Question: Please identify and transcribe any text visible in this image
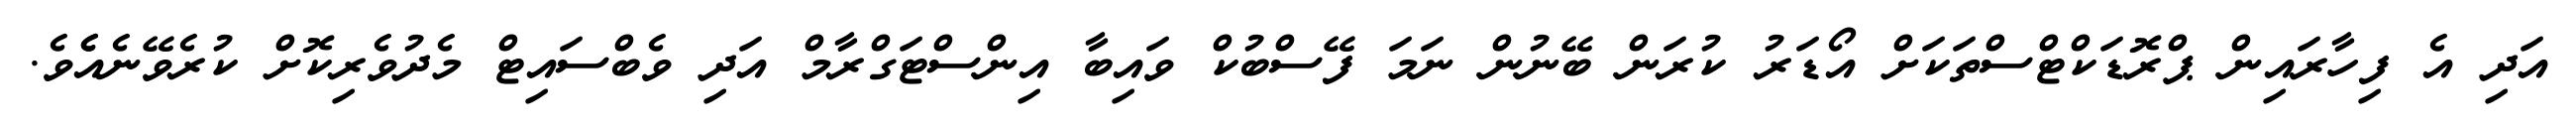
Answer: އަދި އެ ފިހާރައިން ޕްރޮޑަކްޓްސްތަކަށް އޯޑަރު ކުރަން ބޭނުން ނަމަ ފޭސްބުކް ވައިބާ އިންސްޓަގްރާމް އަދި ވެބްސައިޓް މެދުވެރިކޮށް ކުރެވޭނެއެެވެ.